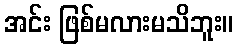
အင်း ဖြစ်မလားမသိဘူး။